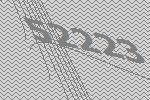
52223